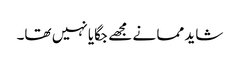
شاید مما نے مجھے جگایا نہیں تھا۔